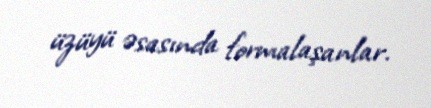
üzüyü əsasında formalaşanlar.